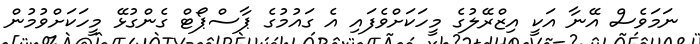
ނަމަވެސް އޭނާ އަކީ އިޒްރޭލުގެ މީހަކަށްވެފައި އެ ގައުމުގެ ޕާސްޕޯޓް ގެންގުޅޭ މީހަކަށްވުމުން